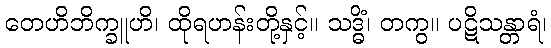
တေဟိဘိက္ခူဟိ၊ ထိုရဟန်းတို့နှင့်။ သဒ္ဓိံ၊ တကွ။ ပဋိသန္တာရံ၊